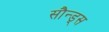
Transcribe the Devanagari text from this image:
सौन्ड्स